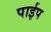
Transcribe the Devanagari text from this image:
पार्इप